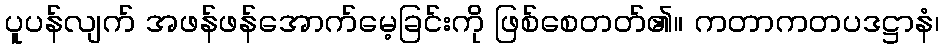
ပူပန်လျက် အဖန်ဖန်အောက်မေ့ခြင်းကို ဖြစ်စေတတ်၏။ ကတာကတပဒဋ္ဌာနံ၊